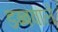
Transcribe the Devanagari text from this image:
डब्बवाले